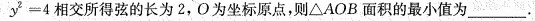
y ^ { 2 } = 4$$相交所得弦的长为 2,O为坐标原点,则△AOB 面积的最小值为___.